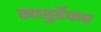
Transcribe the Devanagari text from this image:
सातुर्डेकर